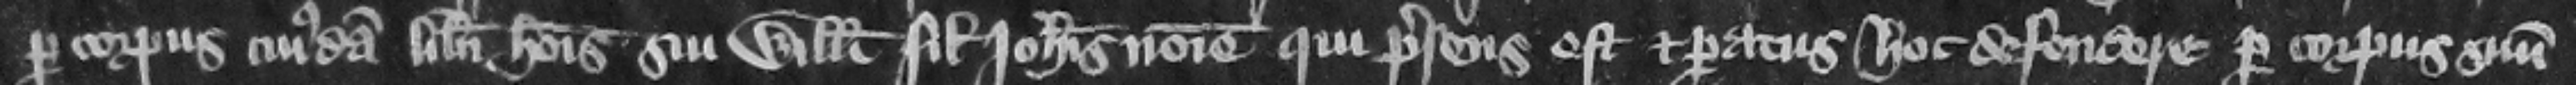
per corpus cuiusdam liberi hominis sui Willelmi filii Iohannis nomine qui presens est et paratus hoc defendere per corpus suum